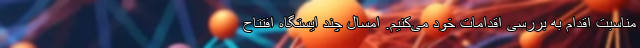
مناسبت اقدام به بررسی اقدامات خود می‌کنیم. امسال چند ایستگاه افتتاح